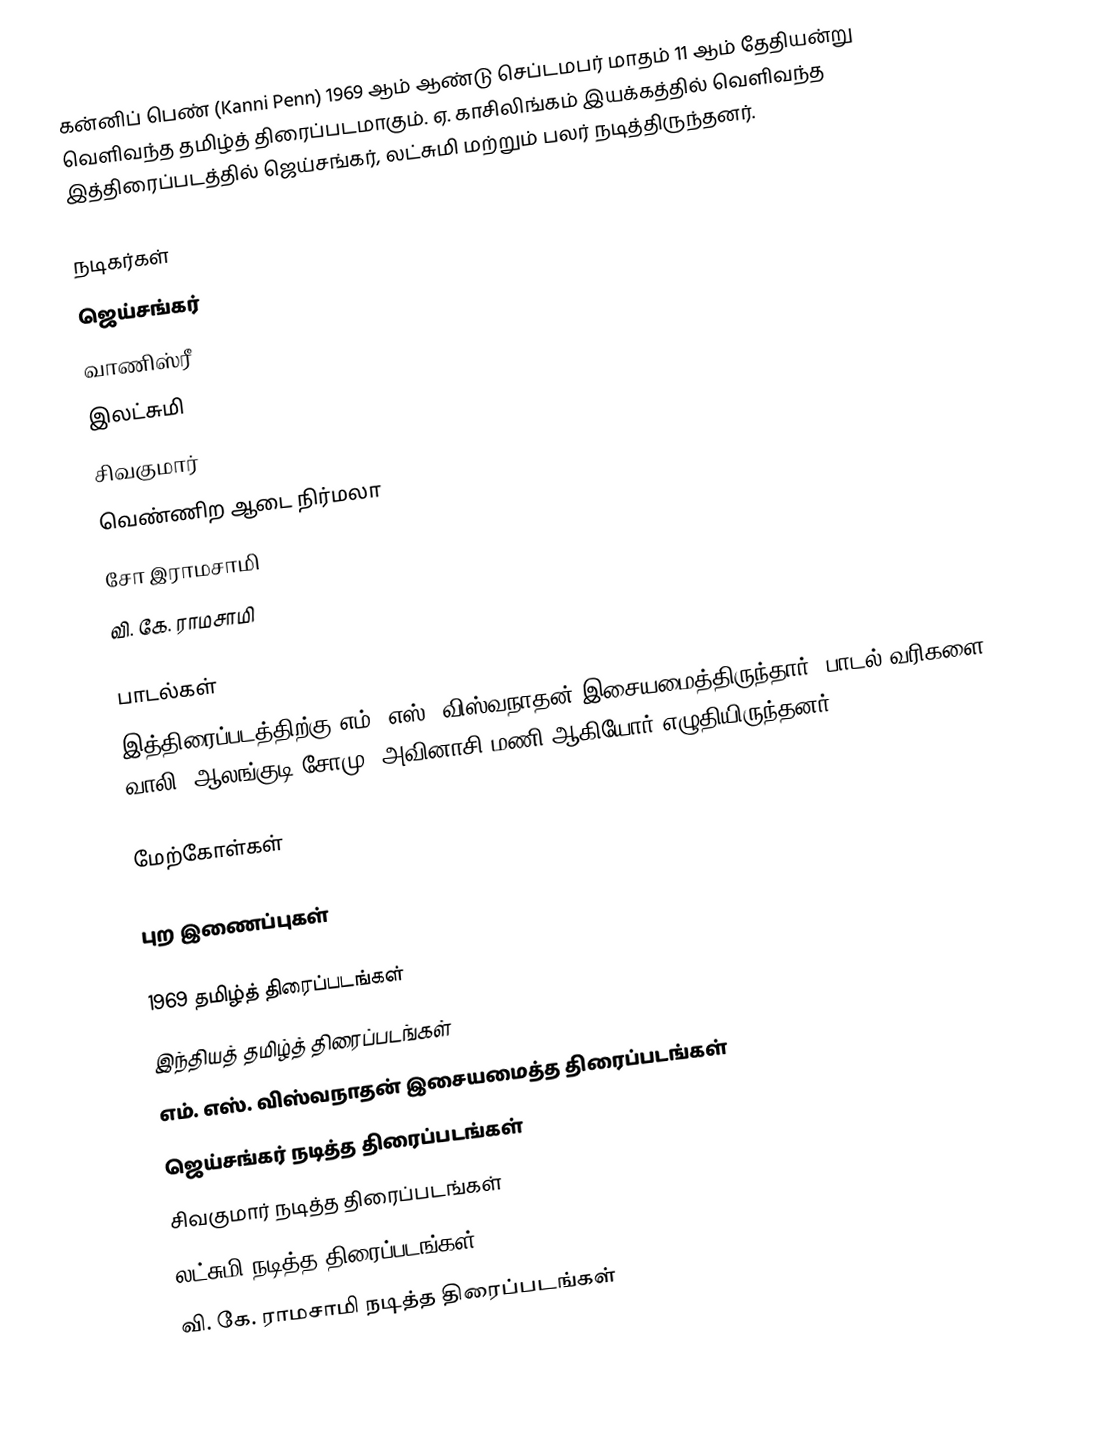
கன்னிப் பெண் (Kanni Penn) 1969 ஆம் ஆண்டு செப்டமபர் மாதம் 11 ஆம் தேதியன்று வெளிவந்த தமிழ்த் திரைப்படமாகும். ஏ. காசிலிங்கம் இயக்கத்தில் வெளிவந்த இத்திரைப்படத்தில் ஜெய்சங்கர், லட்சுமி மற்றும் பலர் நடித்திருந்தனர்.

நடிகர்கள்
 ஜெய்சங்கர்
 வாணிஸ்ரீ
 இலட்சுமி
 சிவகுமார்
 வெண்ணிற ஆடை நிர்மலா
 சோ இராமசாமி
 வி. கே. ராமசாமி

பாடல்கள்
இத்திரைப்படத்திற்கு எம். எஸ். விஸ்வநாதன் இசையமைத்திருந்தார். பாடல் வரிகளை வாலி, ஆலங்குடி சோமு, அவினாசி மணி ஆகியோர் எழுதியிருந்தனர்.

மேற்கோள்கள்

புற இணைப்புகள்

1969 தமிழ்த் திரைப்படங்கள்
இந்தியத் தமிழ்த் திரைப்படங்கள்
எம். எஸ். விஸ்வநாதன் இசையமைத்த திரைப்படங்கள்
ஜெய்சங்கர் நடித்த திரைப்படங்கள்
சிவகுமார் நடித்த திரைப்படங்கள்
லட்சுமி நடித்த திரைப்படங்கள்
வி. கே. ராமசாமி நடித்த திரைப்படங்கள்